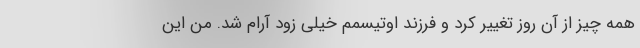
همه چیز از آن روز تغییر کرد و فرزند اوتیسمم خیلی زود آرام شد. من این